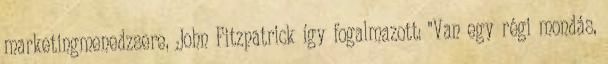
marketingmenedzsere, John Fitzpatrick így fogalmazott: "Van egy régi mondás,